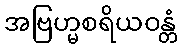
အဗြဟ္မစရိယဝန္တံ